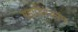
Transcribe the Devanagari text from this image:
महाडिस्कॉम